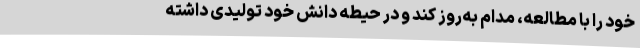
خود را با مطالعه، مدام به‌روز کند و در حیطه دانش خود تولیدی داشته